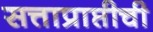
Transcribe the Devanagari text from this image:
सत्ताप्राप्तीची